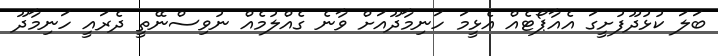
ބަލަ ކުޅުދޫފުށީގަ އެއާޕޯޓެއް އެޅީމަ ހަނިމާދޫއަށް ވާނެ ގެއްލުމެއް ނުވިސްނޭތީ ދެރައީ ހަނިމާދޫ